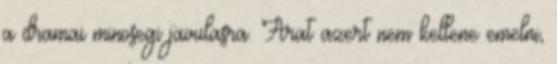
a dramai minosegi javulasra. Arat azert nem kellene emelni,